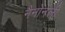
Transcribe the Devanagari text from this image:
नैनोनली